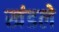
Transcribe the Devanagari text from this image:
खंडले